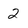
Character: 2